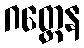
ဂတ္ထေန